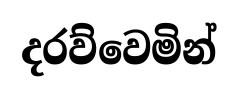
දරව්වෙමින්